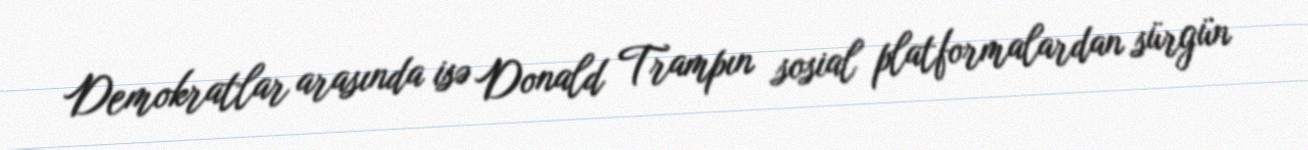
Demokratlar arasında isə Donald Trampın sosial platformalardan sürgün